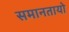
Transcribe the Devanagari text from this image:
समानतायो